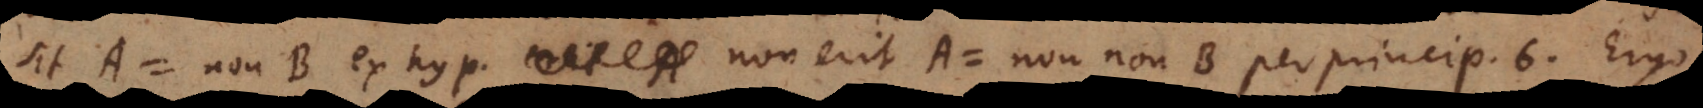
sit A = non‐B ex hyp. non erit A = non‐non‐B per princip. [7]. Ergo